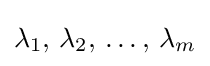
\lambda _{1},\,\lambda _{2},\,\dots ,\,\lambda _{m}